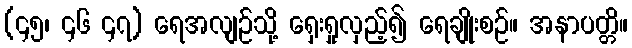
(၄၅၊ ၄၆ ၄၇) ရေအလျဉ်သို့ ရှေးရှုလှည့်၍ ရေချိုးစဉ်။ အနာပတ္တိ။